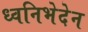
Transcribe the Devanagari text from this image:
ध्वनिभेदेन